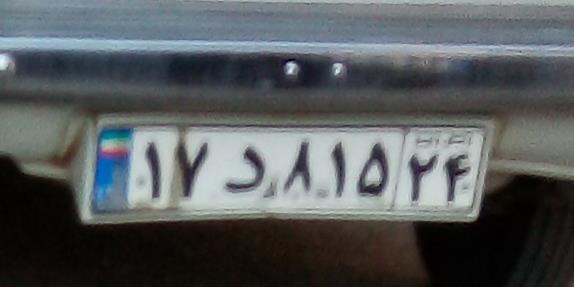
۱۷د۸۱۵۲۴